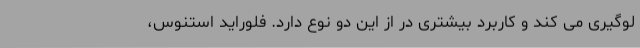
لوگیری می کند و کاربرد بیشتری در از این دو نوع دارد. فلوراید استنوس،